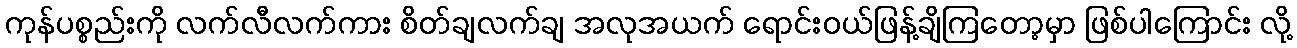
ကုန်ပစ္စည်းကို လက်လီလက်ကား စိတ်ချလက်ချ အလုအယက် ရောင်းဝယ်ဖြန့်ချိကြတော့မှာ ဖြစ်ပါကြောင်း လို့